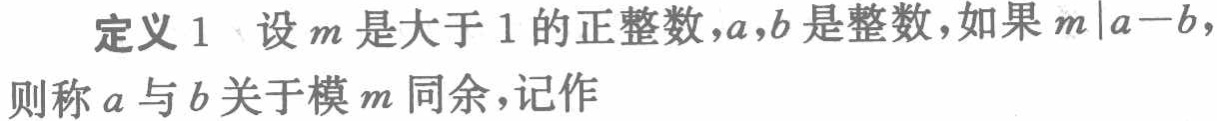
定义 1 设 \(m\) 是大于 1 的正整数，\(a,b\) 是整数，如果 \(m\mid a - b\)，则称 \(a\) 与 \(b\) 关于模 \(m\) 同余，记作